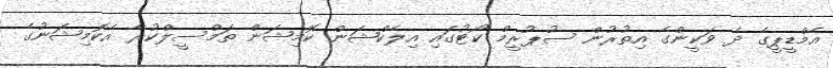
އެމްޑީޕީގެ ދެ ވަކީންގެ އިތުރުން ސުޕުރީމް ކޯޓުގައި އިލެކްޝަން ކޮމިޝަން ތަމްސީލްކުރާ އެކޮމިޝަނުގެ